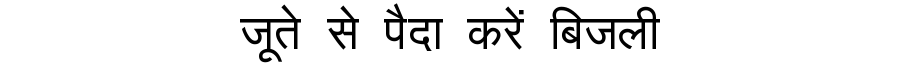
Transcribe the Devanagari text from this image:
जूते से पैदा करें बिजली